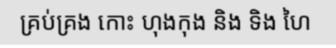
គ្រប់គ្រង កោះ ហុងកុង និង ទិង ហៃ